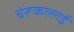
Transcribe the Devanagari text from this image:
चेरूकल्लई